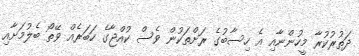
ދަތުރުކުރާ މީހުންނާއި އެ ހިސާބުގެ ރަށްތަކުން ވެސް ކުއްޖާގެ ހަބަރެއް ވޭތޯ ބެލުމަށާއި